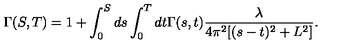
\Gamma ( S , T ) = 1 + \int _ { 0 } ^ { S } d s \int _ { 0 } ^ { T } d t \Gamma ( s , t ) \frac { \lambda } { 4 \pi ^ { 2 } [ ( s - t ) ^ { 2 } + L ^ { 2 } ] } .